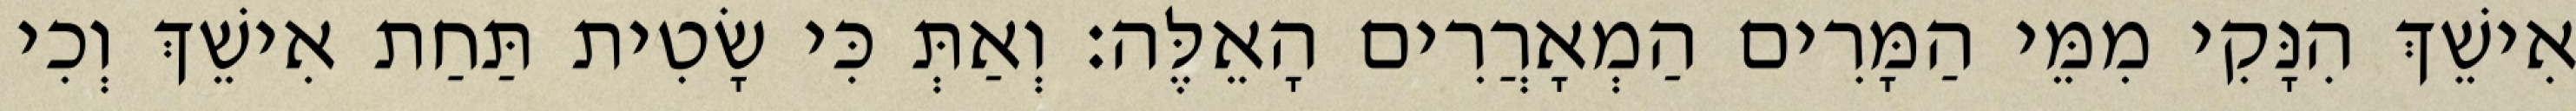
אִישֵׁךְ הִנָּקִי מִמֵּי הַמָּרִים הַמְאָרֲרִים הָאֵלֶּה׃ וְאַתְּ כִּי שָׂטִית תַּחַת אִישֵׁךְ וְכִי